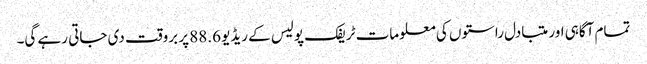
تمام آگاہی اور متبادل راستوں کی معلومات ٹریفک پولیس کے ریڈیو 88.6 پر بروقت دی جاتی رہے گی۔